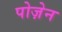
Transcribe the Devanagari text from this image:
पोज़ेन